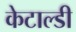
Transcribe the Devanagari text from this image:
केटाल्डी